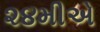
૨૪મીએ